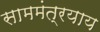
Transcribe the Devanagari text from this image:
साममंत्रयाय